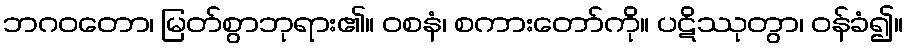
ဘဂဝတော၊ မြတ်စွာဘုရား၏။ ဝစနံ၊ စကားတော်ကို။ ပဋိဿုတွာ၊ ဝန်ခံ၍။